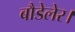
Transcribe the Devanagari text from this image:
बौडेलेर।